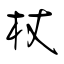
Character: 杖